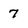
Character: 7